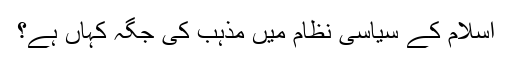
اسلام کے سیاسی نظام میں مذہب کی جگہ کہاں ہے؟